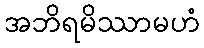
အဘိရမိဿာမဟံ